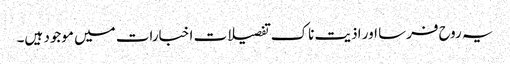
یہ روح فرسا اور اذیت ناک تفصیلات اخبارات میں موجود ہیں۔